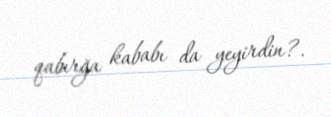
qabırğa kababı da yeyirdin?.